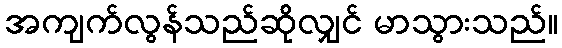
အကျက်လွန်သည်ဆိုလျှင် မာသွားသည်။